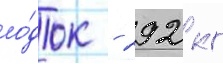
ло́док - 292 кг